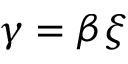
\gamma = \beta \xi